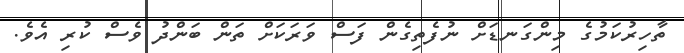
ތާހިރުކަމުގެ މިންގަނޑަށް ނުފެތިގެން ފަސް ވަރަކަށް ތަން ބަންދު ވެސް ކުރި އެވެ.